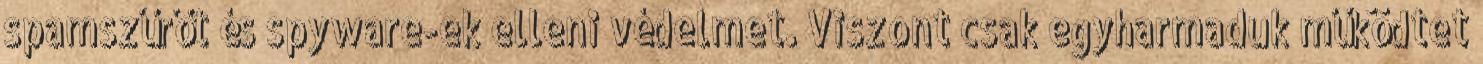
spamszűrőt és spyware-ek elleni védelmet. Viszont csak egyharmaduk működtet